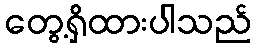
တွေ့ရှိထားပါသည်